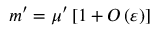
m ^ { \prime } = \mu ^ { \prime } \left[ 1 + O \left( \varepsilon \right) \right]